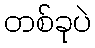
တစ်ခုပဲ